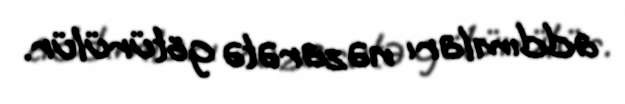
addımları nəzarətə götürülür.